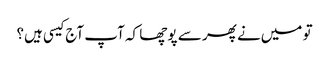
تو میں‌نے پھر سے پوچھا کہ آپ آج کیسی ہیں؟